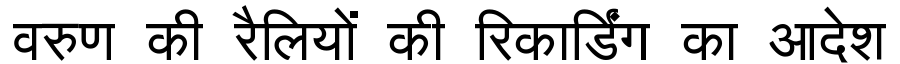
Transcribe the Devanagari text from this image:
वरुण की रैलियों की रिकार्डिंग का आदेश